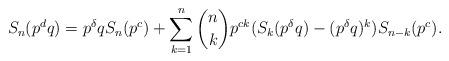
LaTeX: \begin{align*}S_n(p^dq)=p^{\delta}qS_n(p^c)+\sum_{k=1}^n \binom{n}{k} p^{ck} ( S_k(p^{\delta}q)-(p^{\delta}q)^k) S_{n-k}(p^c).\end{align*}